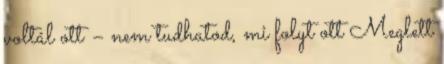
voltál ott – nem tudhatod, mi folyt ott Meglett